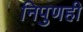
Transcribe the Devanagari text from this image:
निपुणही